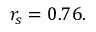
r _ { s } = 0 . 7 6 .